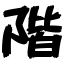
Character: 階